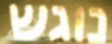
נוגש